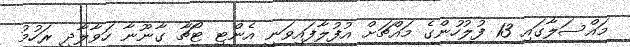
މައްސަލާގައި 13 ފުލުހުންގެ މައްޗަށް އުފުލާފައިވަނީ އެންޓި ޓޯޗާ ގާނޫނާ ހަވާލާދީ ރަހުމު